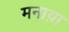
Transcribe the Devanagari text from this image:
मनाय़ा